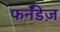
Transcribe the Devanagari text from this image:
फर्नॅंडेज़